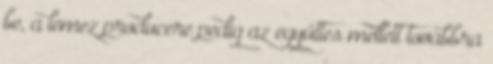
be, a lemez producere pedig az együttes mellett továbbra